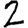
Digit: 2